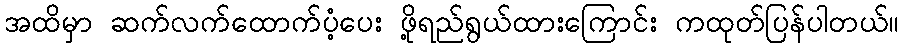
အထိမှာ ဆက်လက်ထောက်ပံ့ပေး ဖို့ရည်ရွယ်ထားကြောင်း ကထုတ်ပြန်ပါတယ်။